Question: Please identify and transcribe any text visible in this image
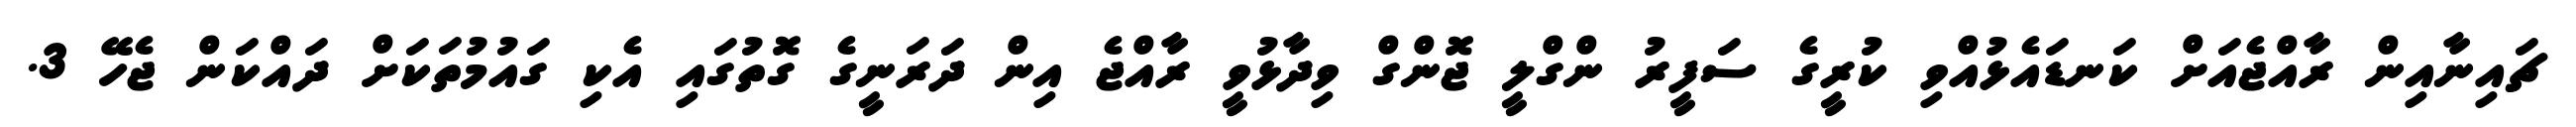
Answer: ޗައިނާއިން ރާއްޖެއަށް ކަނޑައެޅުއްވި ކުރީގެ ސަފީރު ންގްލީ ޖޮންގް ވިދާޅުވީ ރާއްޖެ އިން ދަރަނީގެ ގޮތުގައި އެކި ގައުމުތަކަށް ދައްކަން ޖެހޭ 3.